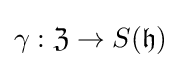
\gamma :{\mathfrak {Z}}\rightarrow S({\mathfrak {h}})